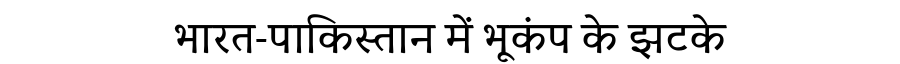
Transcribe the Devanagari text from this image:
भारत-पाकिस्तान में भूकंप के झटके